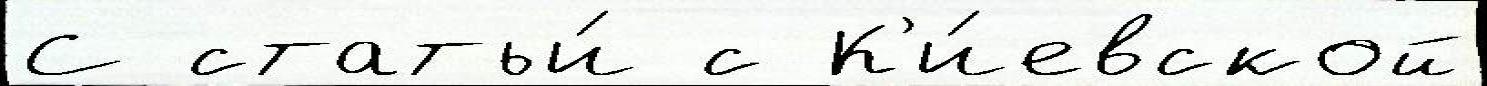
С статьи́ с К'и́евской